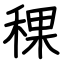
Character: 稞